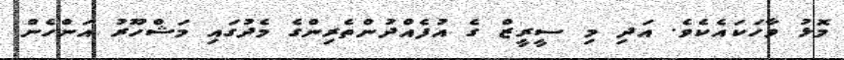
މޮޅު ވާހަކައެކެވެ. އަދި މި ސީރީޒް ގެ އުފެއްދުންތެރިންގެ މެދުގައި މަޝްހޫރު އަންހެން